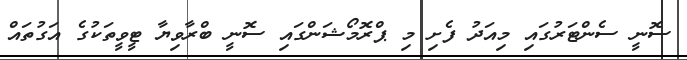
ސޮނީ ސެންޓަރުގައި މިއަދު ފެށި މި ޕްރޮމޯޝަންގައި ސޮނީ ބްރާވިޔާ ޓީވީތަކުގެ އަގުތައް